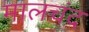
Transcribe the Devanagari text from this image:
मालचंद